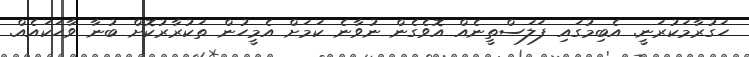
ހަގުރާމަކުރަނީ. އެބިމުގައި ފަލަސްތީނެއް އޮވެގެން ނުވާނެ ކަމަށް އެމީހުން ތަކުރާރުކޮށް ބުނާ ވާހަކައެއް.